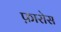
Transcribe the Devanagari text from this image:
फ़ारोस